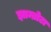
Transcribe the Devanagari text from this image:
झाम्ब्रोटा